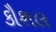
કૌશલ